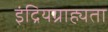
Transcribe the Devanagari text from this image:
इंद्रियग्राह्यता